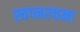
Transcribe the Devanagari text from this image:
स्वप्नरचना